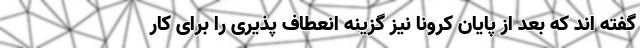
گفته اند که بعد از پایان کرونا نیز گزینه انعطاف پذیری را برای کار